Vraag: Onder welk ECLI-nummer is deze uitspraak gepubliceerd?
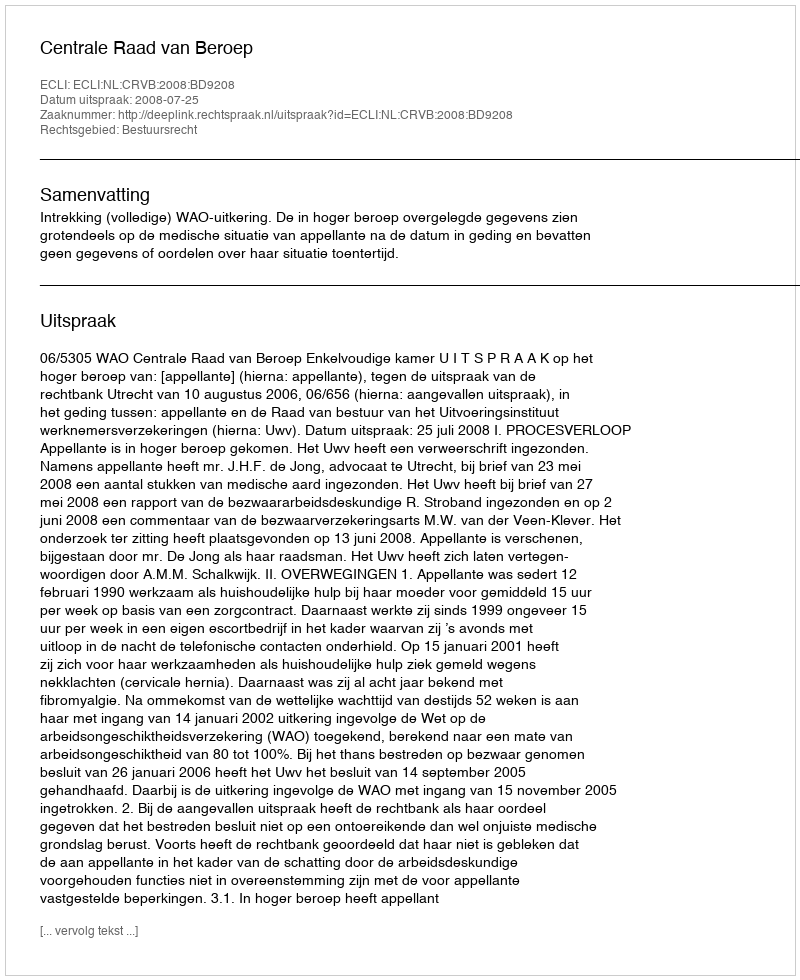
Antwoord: ECLI:NL:CRVB:2008:BD9208